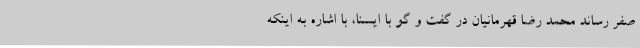
صفر رساند محمد رضا قهرمانیان در گفت و گو با ایسنا، با اشاره به اینکه